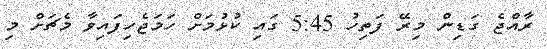
ރާއްޖެ ގަޑިން މިރޭ ފަތިހު 5:45 ގައި ކުޅުމަށް ހަމަޖެހިފައިވާ މެޗަށް މި